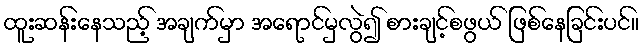
ထူးဆန်းနေသည့် အချက်မှာ အရောင်မှလွဲ၍ စားချင့်စဖွယ် ဖြစ်နေခြင်းပင်။